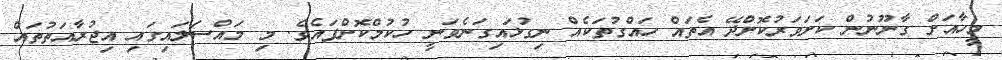
މީހާއަށް ގާނޫނުން ކަށަވަރުކޮށްދޭ އެތައް ހައްގުތަކެއް ނިގުޅައިގަނެވަނީ ހުކުމްކޮށްފައެވެ. މި މައްސަލައިގައި އިޖުރާއަތުތައް